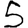
Digit: 5